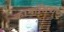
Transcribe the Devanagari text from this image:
कामांशिवाय